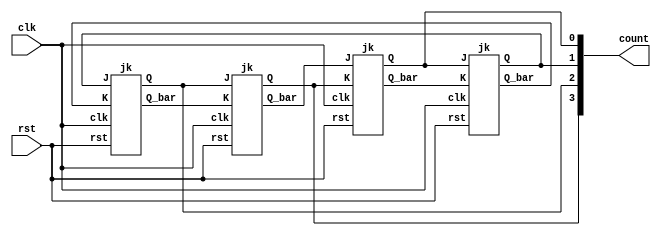
//Tanvi Shewale 2018A3PS0298P

// JOHNSON COUNTER

module johnson(count, clk, rst);
input clk,rst;
output wire [3:0] count;
wire [3:0] Qbreg;
wire [3:0] Qreg;

jk JK0 (.J(Qbreg[3]), .K(Qreg[3]), .clk(clk), .Q(Qreg[0]), .Q_bar(Qbreg[0]), .rst(rst));
jk JK1 (.J(Qreg[0]), .K(Qbreg[0]), .clk(clk), .Q(Qreg[1]), .Q_bar(Qbreg[1]), .rst(rst));
jk JK2 (.J(Qreg[1]), .K(Qbreg[1]), .clk(clk), .Q(Qreg[2]), .Q_bar(Qbreg[2]), .rst(rst));
jk JK3 (.J(Qreg[2]), .K(Qbreg[2]), .clk(clk), .Q(Qreg[3]), .Q_bar(Qbreg[3]), .rst(rst));

assign count = Qreg;

endmodule


module jk(J, K, clk, Q, Q_bar, rst);

  input J, K, clk,rst;
  output reg Q, Q_bar;
  
	
  always @(posedge clk or posedge rst)
  begin 
	if (rst==1)
      begin 
	  Q = 1'b0;
	  Q_bar = 1'b1; 
	  end
	else
	    
    case({J, K})
      2'b00:  begin 
				Q <= Q;
				Q_bar <= Q_bar; 
			  end 
      2'b01:  begin
				Q <= 1'b0;
				Q_bar <= 1'b1; 
			  end
      2'b10:  begin 
				Q <= 1'b1;
	            Q_bar = 1'b0; end
      2'b11:  begin 
				Q <= ~Q;
	            Q_bar <= ~Q_bar; 
			  end 
    endcase
  end	
endmodule

`timescale 1ns/1ns
//`include "johnson.v"

module johnson_tb();
reg clk;
reg rst;
wire [3:0]count;

johnson uut (.clk(clk), .count(count), .rst(rst));

always #5 clk = ~clk;

initial begin
clk = 1'b0;
rst = 1'b1;
end

initial begin
$dumpfile("johnson_tb.vcd");
$dumpvars(0,johnson_tb);
#10
rst = 1'b0;
#50
rst = 1'b1;
#20
rst = 1'b0;

#300

$finish;
end

endmodule

// RIPPLE CARRY ADDER

module FA( a,b,cin,cout,sum);
 input a;
 input b;
 input cin;
 output sum;
 output cout;
 
 assign sum = a^b^cin;
 assign cout = (a&b)| cin & (a^b);
 
 endmodule
 
 module ripple(A, B, Cin, S, Cout);

input [3:0] A;
input [3:0] B;
input Cin;
output [3:0] S;
output Cout;
wire [2:0] C;

FA FA1(.a(A[0]), .b(B[0]), .cin(Cin), .sum(S[0]), .cout(C[0]));
FA FA2(.a(A[1]), .b(B[1]), .cin(C[0]), .sum(S[1]), .cout(C[1]));
FA FA3(.a(A[2]), .b(B[2]), .cin(C[1]), .sum(S[2]), .cout(C[2]));
FA FA4(.a(A[3]), .b(B[3]), .cin(C[2]), .sum(S[3]), .cout(Cout));

endmodule

`timescale 1ns/1ns
//`include "ripple.v"

module ripple_tb();

reg [3:0]A;
reg [3:0]B;
reg Cin;
wire [3:0]S;
wire Cout;

ripple uut(.A(A), .B(B), .Cin(Cin), .S(S), .Cout(Cout));

initial begin
$dumpfile("ripple_tb.vcd");
$dumpvars(0,ripple_tb);

A = 4'b0000;
B = 4'b0000;
Cin = 4'b0;

#10
A    = 4'b1011;
B    = 4'b0100;
Cin  = 4'b0;

#10
A    = 4'b1111;
B    = 4'b0100;
Cin  = 4'b1;

#10
A    = 4'b1001;
B    = 4'b0110;
Cin  = 4'b0;

#10
A    = 4'b1111;
B    = 4'b0101;
Cin  = 4'b1;
#50
$finish;
end
endmodule


// MULTIPLIER

module multiplier(a,b,prod);

input [5:0] a;
input [5:0] b;
output [11:0] prod;

wire zero;
wire cf0, ce0, cd0, cc0, cb0, ca0;
wire se0, sd0, sc0, sb0, sa0;
wire cf1, ce1, cd1, cc1, cb1, ca1;
wire se1, sd1, sc1, sb1, sa1;
wire cf2, ce2, cd2, cc2, cb2, ca2;
wire se2, sd2, sc2, sb2, sa2;
wire cf3, ce3, cd3, cc3, cb3, ca3;
wire se3, sd3, sc3, sb3, sa3;
wire cf4, ce4, cd4, cc4, cb4, ca4;
wire se4, sd4, sc4, sb4, sa4;
wire cf5, ce5, cd5, cc5, cb5, ca5;
wire se5, sd5, sc5, sb5, sa5;
wire cf6, ce6, cd6, cc6, cb6, ca6;

assign zero = 1'b0;


FA f0(.a(a[0]&b[0]), .b(zero), .cin(zero), .sum(prod[0]), .cout(cf0));
FA e0(.a(a[1]&b[0]), .b(zero), .cin(zero), .sum(se0), .cout(ce0));
FA d0(.a(a[2]&b[0]), .b(zero), .cin(zero), .sum(sd0), .cout(cd0));
FA c0(.a(a[3]&b[0]), .b(zero), .cin(zero), .sum(sc0), .cout(cc0));
FA b0(.a(a[4]&b[0]), .b(zero), .cin(zero), .sum(sb0), .cout(cb0));
FA a0(.a(a[5]&b[0]), .b(zero), .cin(zero), .sum(sa0), .cout(ca0));

FA f1(.a(a[0]&b[1]), .b(se0), .cin(cf0), .sum(prod[1]), .cout(cf1));
FA e1(.a(a[1]&b[1]), .b(sd0), .cin(ce0), .sum(se1), .cout(ce1));
FA d1(.a(a[2]&b[1]), .b(sc0), .cin(cd0), .sum(sd1), .cout(cd1));
FA c1(.a(a[3]&b[1]), .b(sb0), .cin(cc0), .sum(sc1), .cout(cc1));
FA b1(.a(a[4]&b[1]), .b(sa0), .cin(cb0), .sum(sb1), .cout(cb1));
FA a1(.a(a[5]&b[1]), .b(zero), .cin(ca0), .sum(sa1), .cout(ca1));

FA f2(.a(a[0]&b[2]), .b(se1), .cin(cf1), .sum(prod[2]), .cout(cf2));
FA e2(.a(a[1]&b[2]), .b(sd1), .cin(ce1), .sum(se2), .cout(ce2));
FA d2(.a(a[2]&b[2]), .b(sc1), .cin(cd1), .sum(sd2), .cout(cd2));
FA c2(.a(a[3]&b[2]), .b(sb1), .cin(cc1), .sum(sc2), .cout(cc2));
FA b2(.a(a[4]&b[2]), .b(sa1), .cin(cb1), .sum(sb2), .cout(cb2));
FA a2(.a(a[5]&b[2]), .b(zero), .cin(ca1), .sum(sa2), .cout(ca2));

FA f3(.a(a[0]&b[3]), .b(se2), .cin(cf2), .sum(prod[3]), .cout(cf3));
FA e3(.a(a[1]&b[3]), .b(sd2), .cin(ce2), .sum(se3), .cout(ce3));
FA d3(.a(a[2]&b[3]), .b(sc2), .cin(cd2), .sum(sd3), .cout(cd3));
FA c3(.a(a[3]&b[3]), .b(sb2), .cin(cc2), .sum(sc3), .cout(cc3));
FA b3(.a(a[4]&b[3]), .b(sa2), .cin(cb2), .sum(sb3), .cout(cb3));
FA a3(.a(a[5]&b[3]), .b(zero), .cin(ca2), .sum(sa3), .cout(ca3));

FA f4(.a(a[0]&b[4]), .b(se3), .cin(cf3), .sum(prod[4]), .cout(cf4));
FA e4(.a(a[1]&b[4]), .b(sd3), .cin(ce3), .sum(se4), .cout(ce4));
FA d4(.a(a[2]&b[4]), .b(sc3), .cin(cd3), .sum(sd4), .cout(cd4));
FA c4(.a(a[3]&b[4]), .b(sb3), .cin(cc3), .sum(sc4), .cout(cc4));
FA b4(.a(a[4]&b[4]), .b(sa3), .cin(cb3), .sum(sb4), .cout(cb4));
FA a4(.a(a[5]&b[4]), .b(zero), .cin(ca2), .sum(sa4), .cout(ca4));

FA f5(.a(a[0]&b[5]), .b(se4), .cin(cf4), .sum(prod[5]), .cout(cf5));
FA e5(.a(a[1]&b[5]), .b(sd4), .cin(ce4), .sum(se5), .cout(ce5));
FA d5(.a(a[2]&b[5]), .b(sc4), .cin(cd4), .sum(sd5), .cout(cd5));
FA c5(.a(a[3]&b[5]), .b(sb4), .cin(cc4), .sum(sc5), .cout(cc5));
FA b5(.a(a[4]&b[5]), .b(sa4), .cin(cb4), .sum(sb5), .cout(cb5));
FA a5(.a(a[5]&b[5]), .b(zero), .cin(ca4), .sum(sa5), .cout(ca5));

FA f6(.a(zero), .b(se5), .cin(cf5), .sum(prod[6]), .cout(cf6));
FA e6(.a(cf6), .b(sd5), .cin(ce5), .sum(prod[7]), .cout(ce6));
FA d6(.a(ce6), .b(sc5), .cin(cd5), .sum(prod[8]), .cout(cd6));
FA c6(.a(cd6), .b(sb5), .cin(cc5), .sum(prod[9]), .cout(cc6));
FA b6(.a(cc6), .b(sa5), .cin(cb5), .sum(prod[10]), .cout(cb6));
FA a6(.a(cb6), .b(zero), .cin(ca5), .sum(prod[11]), .cout(ca6));

endmodule

`timescale 1ns/1ns
//`include "multiplier.v"

module multiplier_tb();

reg [5:0]a;
reg [5:0]b;
wire [11:0] prod;

multiplier uut(.a(a), .b(b), .prod(prod));

initial begin
$dumpfile("multiplier_tb.vcd");
$dumpvars(0,multiplier_tb);

a = 6'b100010;
b = 6'b000001;
#20
a = 6'b111010;
b = 6'b110001;
#20
a = 6'b111111;
b = 6'b010101;
#20
a = 6'b000000;
b = 6'b010101;
#100
$finish;
end
endmodule